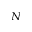
_ N